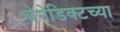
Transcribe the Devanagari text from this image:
बेनेडिक्टच्या